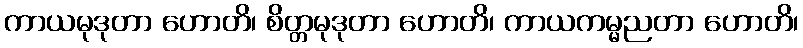
ကာယမုဒုတာ ဟောတိ၊ စိတ္တမုဒုတာ ဟောတိ၊ ကာယကမ္မညတာ ဟောတိ၊